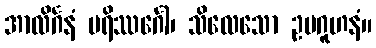
အာလိင်္ဂနံ ပရိဿင်္ဂေါ၊ သိလေသော ဥပဂူဟနံ။